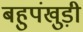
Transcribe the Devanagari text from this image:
बहुपंखुड़ी